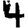
Digit: 4